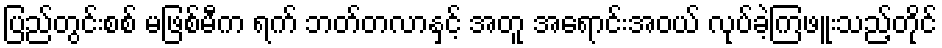
ပြည်တွင်းစစ် မဖြစ်မီက ရက် ဘတ်တလာနှင့် အတူ အရောင်းအဝယ် လုပ်ခဲ့ကြဖူးသည့်တိုင်